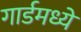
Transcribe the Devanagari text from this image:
गार्डमध्ये